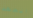
الجهد